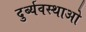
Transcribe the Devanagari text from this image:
दुर्ब्यवस्थाओ